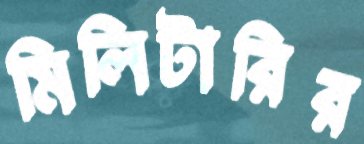
মিলিটারির